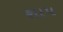
શાપ